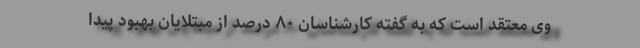
وی معتقد است که به گفته کارشناسان ۸۰ درصد از مبتلایان بهبود پیدا